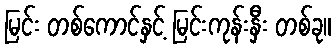
မြင်း တစ်ကောင်နှင့် မြင်းကုန်းနှီး တစ်ခု။